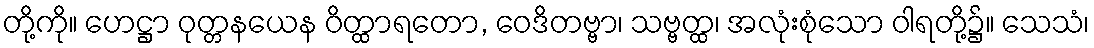
တို့ကို။ ဟေဋ္ဌာ ဝုတ္တနယေန ဝိတ္ထာရတော, ဝေဒိတဗ္ဗာ၊ သဗ္ဗတ္ထ၊ အလုံးစုံသော ဝါရတို့၌။ သေသံ၊